Annual report on the working of the Harcourt Butler Institute of Public Health, Rangoon
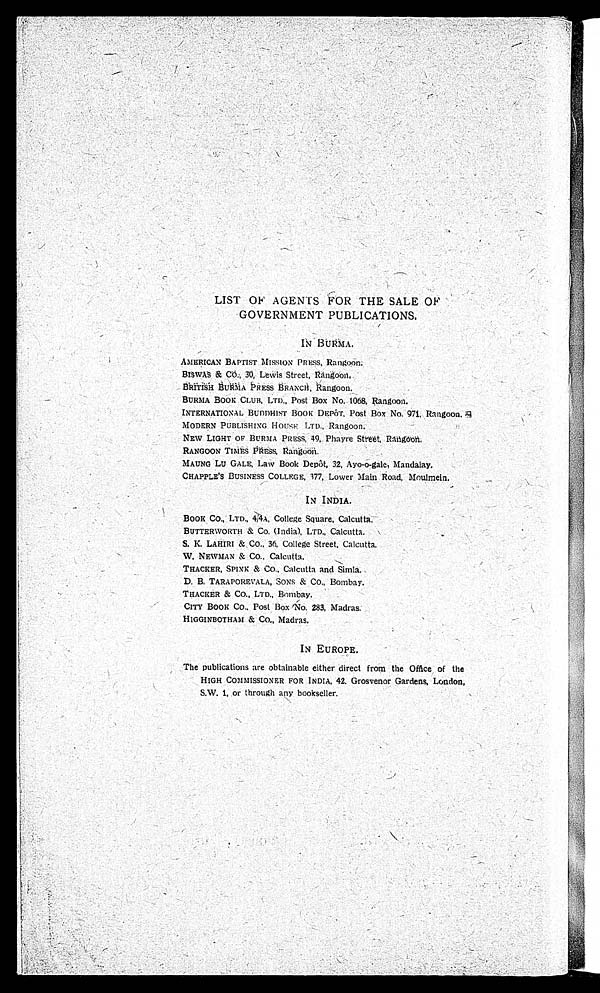
LIST OF AGENTS FOR THE SALE OF
GOVERNMENT PUBLICATIONS.
IN BURMA.
AMERICAN BAPTIST MISSION PRESS, Rangoon.
BISWAS & Co. , 30, Lewis Street, Rangoon.
BRITISH BURMA PRESS BRANCH, Rangoon.
BURMA BOOK CLUB, LTD. , Post Box No. 1068, Rangoon.
INTERNATIONAL BUDDHIST BOOK DEPÔT, Post Box No. 971, Rangoon.
MODERN PUBLISHING HOUSE LTD., Rangoon.
NEW LIGHT OF BURMA PRESS, 49, Phayre Street, Rangoon.
RANGOON TIMES PRESS, Rangoon.
MAUNG Lu GALE, Law Book Depôt, 32, Ayo-o-gal e, Mandal ay,
CHAPPLE' S BUSINESS COLLEGE, 377, Lower Mai n Road, Moul mei n.
IN INDIA.
BOOK CO. , LTD. , 4 4 A, Co l l e g e S q u a r e , Ca l c u t t a .
BUTTERWORTH & Co. (Indi a), LTD. , Cal cutta.
S. K. LAHIRI & CO. , 36, College Street, Calcutta.
W. NEWMAN & CO. , Cal cut t a.
THACKER, SPINK & Co. , Calcutta and Simla.
D. B. TARAPOREVALA, SONS & Co. , Bombay.
THACKER & CO. , LTD. , Bombay.
CITY BOOK Co. . Post Box No. 283, Madras.
H1 GGI NBOTHAM & Co . , Ma d r a s .
IN EUROPE.
The publ i cati ons are obtai nabl e ei ther di rect from the Offi i ce of the
HIGH COMMISSIONER FOR INDIA, 42, Grosvenor Gardens, London,
S.W. 1, or through any bookseller.